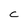
Character: C